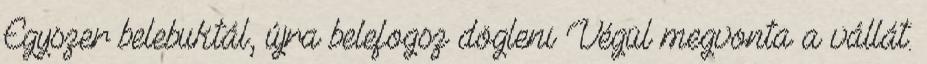
Egyszer belebuktál, újra belefogsz dögleni Végül megvonta a vállát.